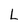
Character: L